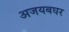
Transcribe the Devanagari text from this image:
अजयबघर